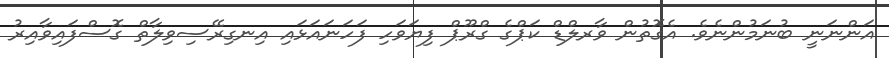
އަންނަނީ ބުނަމުންނެވެ. އެގޮތުން ވާރލްޑް ކަޕްގެ ގްރޫޕް ފިޔަވަހި ފަހަނައަޅައި އިނގިރޭސިވިލާތް ގޮސްފައިވާއިރު